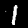
Label: 1